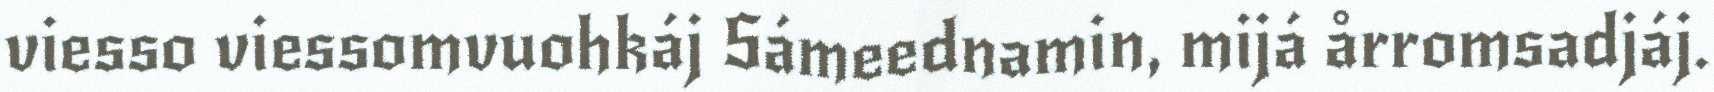
viesso viessomvuohkáj Sámeednamin, mijá årromsadjáj.